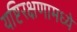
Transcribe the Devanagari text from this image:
यष्टिरक्षणामध्ये